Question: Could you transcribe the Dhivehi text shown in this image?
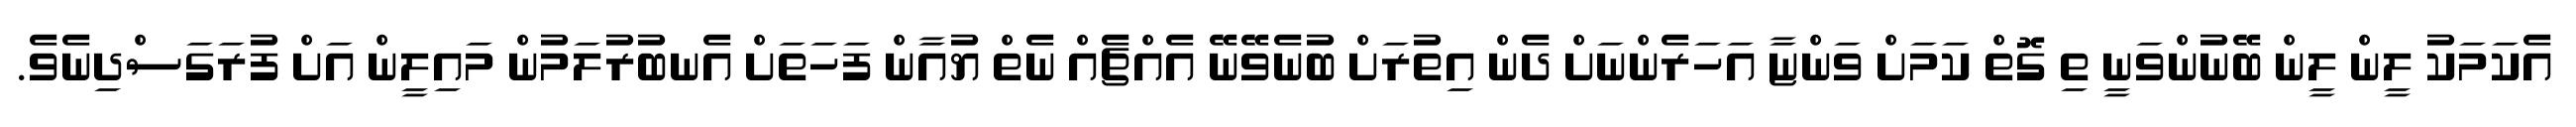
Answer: އެކަމަކު ލީން ލީން ބޭނުންވަނީ ތި ގޮތް ކަމަށް ވަންޏާ އަހަރެންނަށް ދެން އިތުރަށް ބުނެވޭނޭ އެއްޗެއް ނެތް ޔުއާން ފަހަތަށް އެނބުރުލަމުން މައިލީން އަށް ފުރަގަސްދިނެވެ.